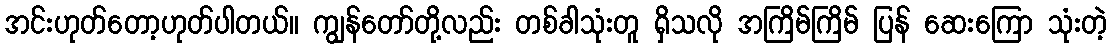
အင်းဟုတ်တော့ဟုတ်ပါတယ်။ ကျွန်တော်တို့လည်း တစ်ခါသုံးတူ ရှိသလို အကြိမ်ကြိမ် ပြန် ဆေးကြော သုံးတဲ့